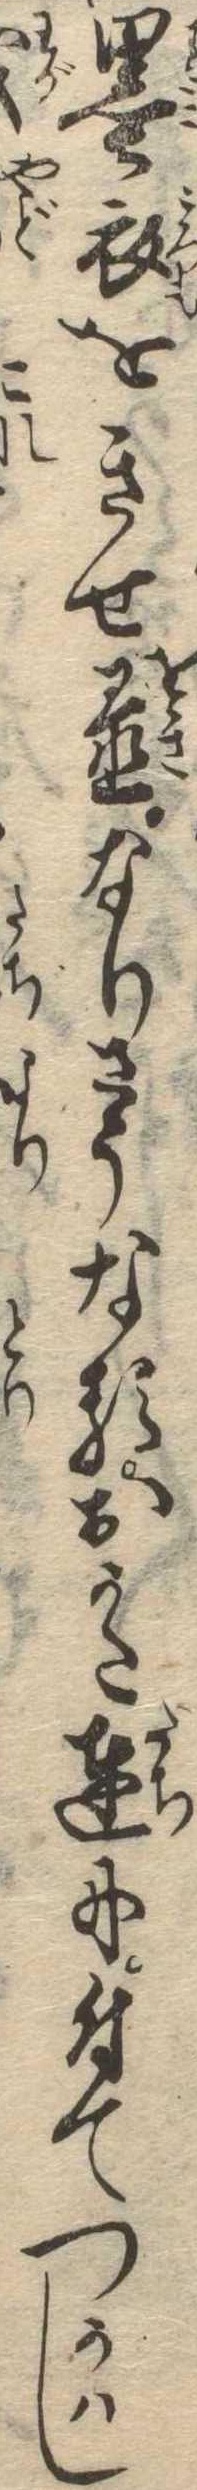
墨衣をきせ置なりさうなるおかた達に付てつかはし